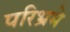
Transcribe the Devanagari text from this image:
परिभ्रमे